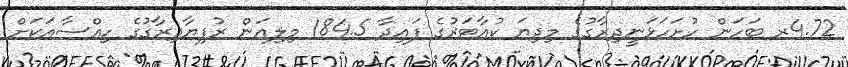
4.72ރ ބަހަން ހުށަހަޅަނީދިރާގުގެ މިދިޔަ ކުއާޓަރުގެ ފައިދާ 184.5 މިލިއަން ރުފިޔާދިރާގުގެ ހިއްސާއަކަށް